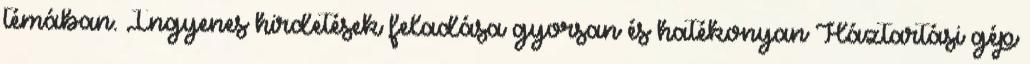
témában. Ingyenes hirdetések feladása gyorsan és hatékonyan Háztartási gép